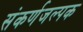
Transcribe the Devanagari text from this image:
संकर्णजल्पक